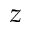
z